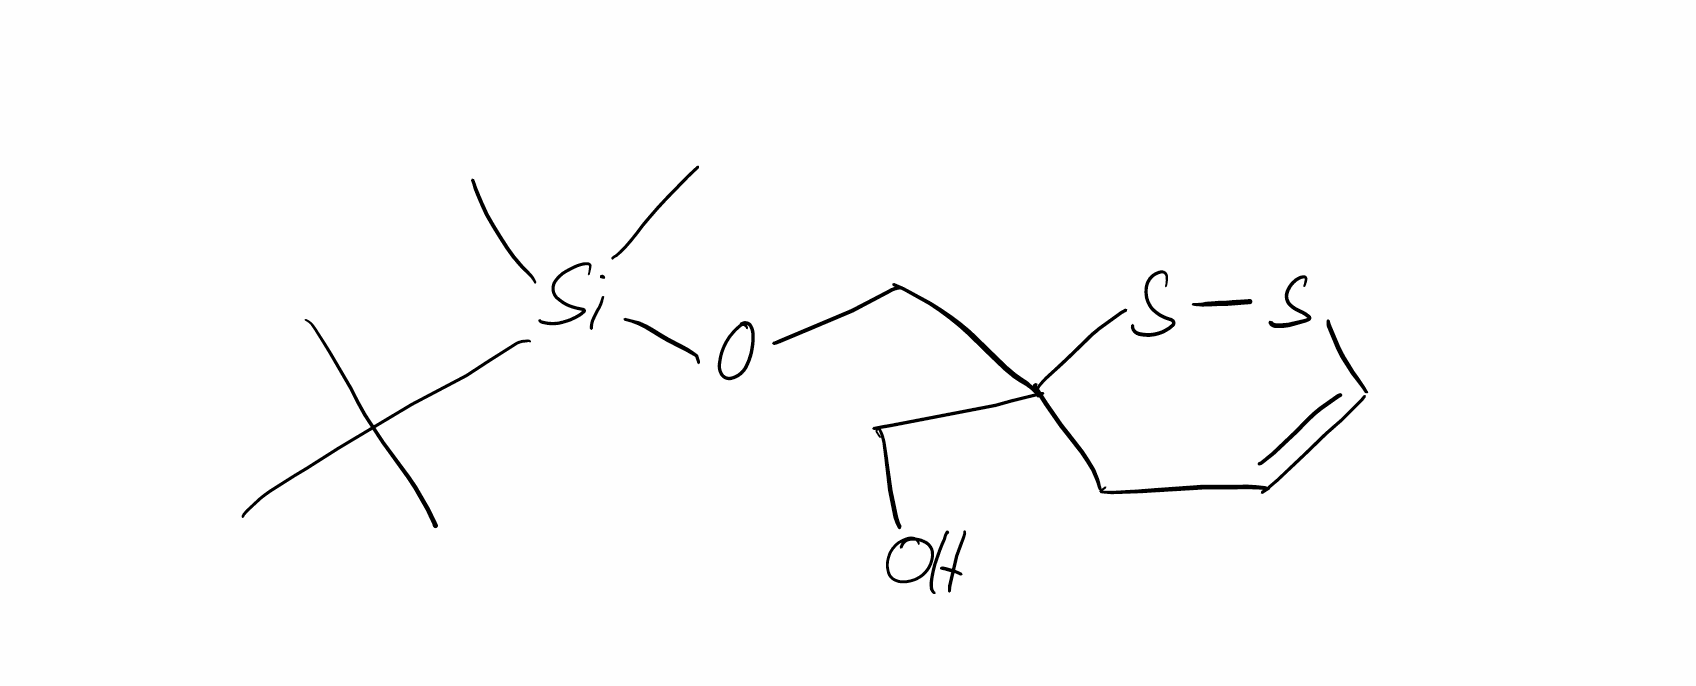
Simplified molecular-input line-entry system (SMILES) notation of the given molecule:
CC(C)(C)[Si](C)(C)OCC1(CC=CSS1)CO